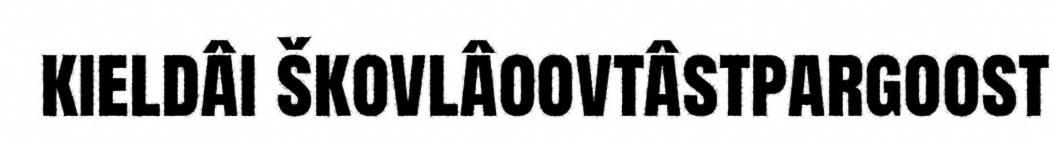
kieldâi škovlâoovtâstpargoost